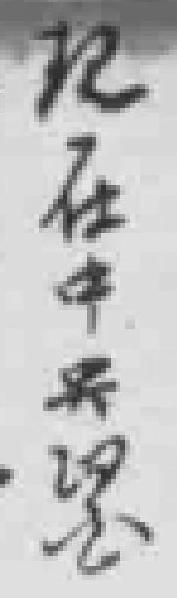
现在中央醫